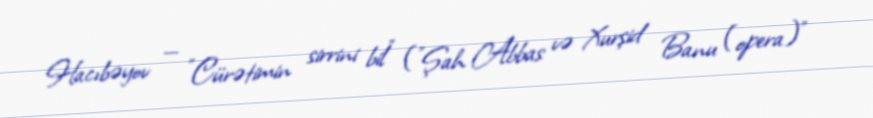
Hacıbəyov — "Cürətimin sirrini bil" ("Şah Abbas və Xurşid Banu (opera)"